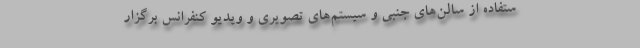
ستفاده از سالن‌های جنبی و سیستم‌های تصویری و ویدیو کنفرانس برگزار